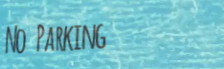
No Parking